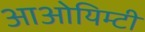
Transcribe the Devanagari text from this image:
आओयिम्टी